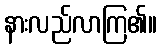
နားလည်လာကြ၏။